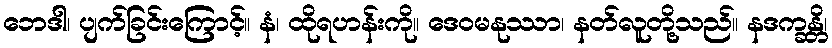
ဘေဒါ၊ ပျက်ခြင်းကြောင့်။ နံ၊ ထိုရဟန်းကို။ ဒေဝမနုဿာ၊ နတ်လူတို့သည်။ နဒက္ခန္တိ၊